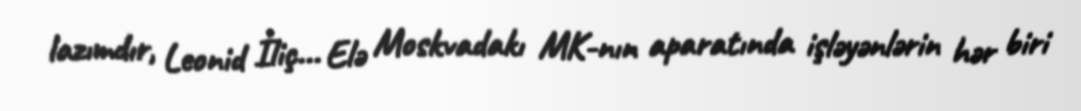
lazımdır, Leonid İliç... Elə Moskvadakı MK-nın aparatında işləyənlərin hər biri